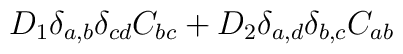
D_1 \delta_{a,b}\delta_{cd} C_{bc}+D_2 \delta_{a,d}\delta_{b,c}C_{ab}